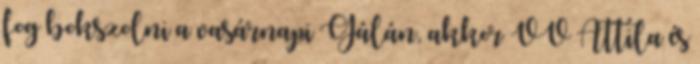
fog bokszolni a vasárnapi Gálán, akkor VV Attila és